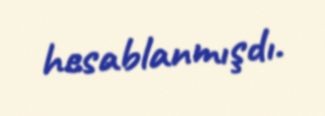
hesablanmışdı.